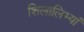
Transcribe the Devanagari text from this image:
शिलालिभ्यां